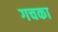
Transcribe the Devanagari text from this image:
गचका